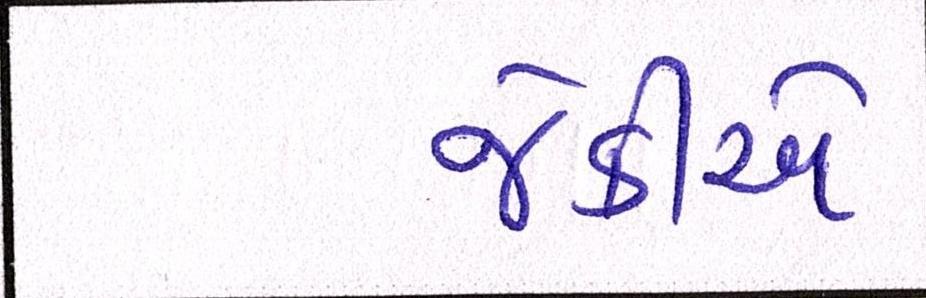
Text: જેકીએ